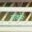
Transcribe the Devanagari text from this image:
चांकोने